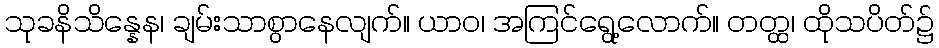
သုခနိသိန္နေန၊ ချမ်းသာစွာနေလျက်။ ယာဝ၊ အကြင်ရွေ့လောက်။ တတ္ထ၊ ထိုသပိတ်၌